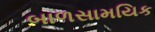
બાળસામયિક